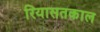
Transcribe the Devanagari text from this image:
रियासतकाल